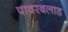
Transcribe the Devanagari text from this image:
पावरबलाड